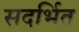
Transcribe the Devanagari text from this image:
सदर्भित